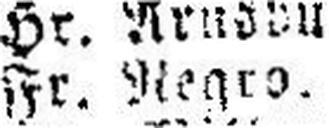
Hr. Negro.